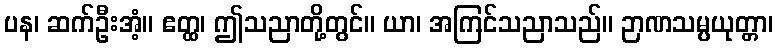
ပန၊ ဆက်ဦးအံ့။ ဧတ္ထ၊ ဤသညာတို့တွင်။ ယာ၊ အကြင်သညာသည်။ ဉာဏသမ္ပယုတ္တာ၊